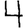
Digit: 4